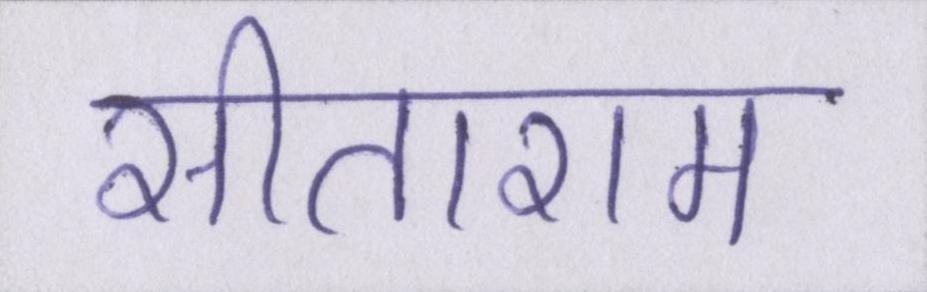
सीताराम